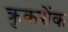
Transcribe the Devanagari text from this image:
क्रुकशेंक